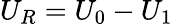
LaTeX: U_{R}=U_{0}-U_{1}